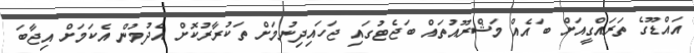
އައްޑޫގެ ތަރައްގީއަށް ބައެއް މަޝްރޫއުތައް ބަޖެޓުގައި ޖަހައިދިނުމަށް ތަކުރާރުކޮށް އެދުމުން އެކަމަށް އިޖާބަ